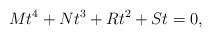
\begin{align*}Mt^4+Nt^3+Rt^2+St=0,\end{align*}